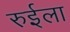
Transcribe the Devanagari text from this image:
रुईला